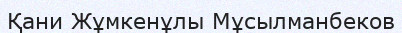
Қани Жұмкенұлы Мұсылманбеков